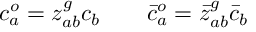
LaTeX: c _ { a } ^ { o } = z _ { a b } ^ { g } c _ { b } \qquad \bar { c } _ { a } ^ { o } = \bar { z } _ { a b } ^ { g } \bar { c } _ { b }